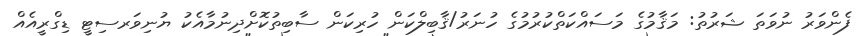
ފެންވަރު ނުވަތަ ޝަރުތު: މަޤާމުގެ މަސައްކަތްކުރުމުގެ ހުނަރު/ޤާބިލްކަން ހުރިކަން ސާބިތުކޮށްދިނުމާއެކު ޔުނިވަރސިޓީ ޑިގްރީއެއް